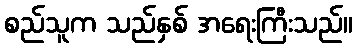
စည်သူက သည်နှစ် အရေးကြီးသည်။